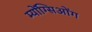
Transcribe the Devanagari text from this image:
म्योंग्सिओंग